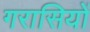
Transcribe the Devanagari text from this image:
गरासियों